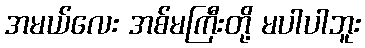
အမယ်လေး အစ်မကြီးတို့ မပါပါဘူး